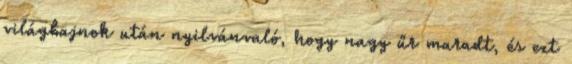
világbajnok után nyilvánvaló, hogy nagy űr maradt, és ezt